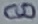
Text: 8